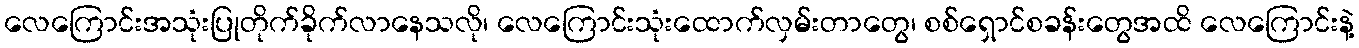
လေကြောင်းအသုံးပြုတိုက်ခိုက်လာနေသလို၊ လေကြောင်းသုံးထောက်လှမ်းတာတွေ၊ စစ်ရှောင်စခန်းတွေအထိ လေကြောင်းနဲ့